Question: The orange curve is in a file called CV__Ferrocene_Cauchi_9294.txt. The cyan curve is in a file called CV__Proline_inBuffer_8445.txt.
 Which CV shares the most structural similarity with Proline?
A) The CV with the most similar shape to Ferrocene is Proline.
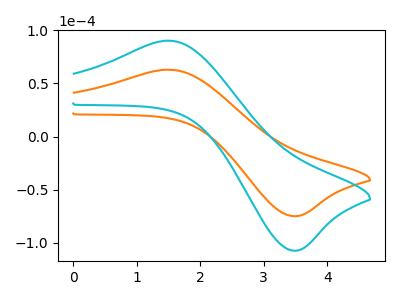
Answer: <think>The orange curve "Ferrocene" has an anodic peak at (1.55V, 63.00uA) and a cathodic peak at (3.45V, -74.90uA). The cyan curve "Proline" has an anodic peak at (1.55V, 90.30uA) and a cathodic peak at (3.45V, -107.40uA).
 All the peaks in "Ferrocene" have a peak in "Proline" at the same potential. Every peak in "Ferrocene" is lower than every peak in "Proline".</think>
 <answer>A) The CV with the most similar shape to "Ferrocene" is "Proline".</answer>
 <eval>A</eval>